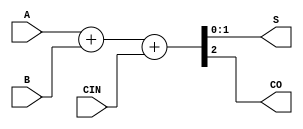
// Fujitsu AV cell
// 2-bit Full Adder
// furrtek 2022

`timescale 1ns/100ps

module A2N(
	input [1:0] A,
	input [1:0] B,
	input CIN,
	output [1:0] S,
	output CO
);

assign {CO, S} = A + B + {1'd0, CIN};	// tmax = 5.3ns

endmodule